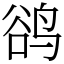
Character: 鹆